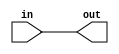
module f15_mybuf(in, out);
input in;
output out;
wire w1, w2, w3, w4;
assign w1 = in;
assign w2 = w1;
assign out = w2;
endmodule